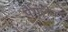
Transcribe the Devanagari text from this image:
पैगलेन